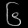
Digit: ၆